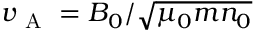
v _ { \mathrm { ~ A ~ } } = B _ { 0 } / \sqrt { \mu _ { 0 } m n _ { 0 } }